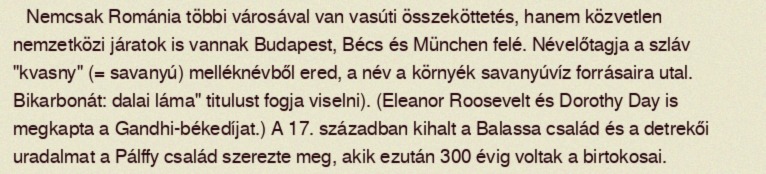
Nemcsak Románia többi városával van vasúti összeköttetés, hanem közvetlen nemzetközi járatok is vannak Budapest, Bécs és München felé. Névelőtagja a szláv "kvasny" (= savanyú) melléknévből ered, a név a környék savanyúvíz forrásaira utal. Bikarbonát: dalai láma" titulust fogja viselni). (Eleanor Roosevelt és Dorothy Day is megkapta a Gandhi-békedíjat.) A 17. században kihalt a Balassa család és a detrekői uradalmat a Pálffy család szerezte meg, akik ezután 300 évig voltak a birtokosai.